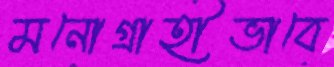
মনোগ্রাহীভাবে